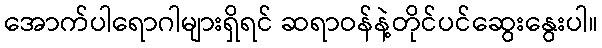
အောက်ပါရောဂါများရှိရင် ဆရာဝန်နဲ့တိုင်ပင်ဆွေးနွေးပါ။